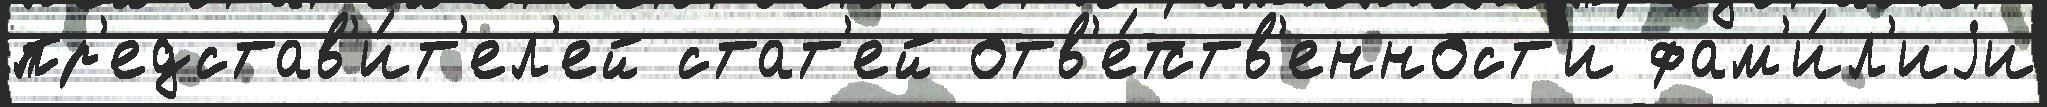
пр'едстав'и́т'ел'ей стат'ей отв'е́тств'енност'и фам'и́л'иjи